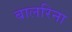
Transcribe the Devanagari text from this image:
बालरिना